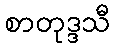
စာတုဒ္ဒသီ